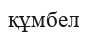
құмбел